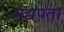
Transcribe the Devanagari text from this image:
मद्यपता